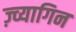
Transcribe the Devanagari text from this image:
ज़्व्यागिन